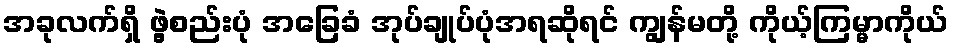
အခုလက်ရှိ ဖွဲ့စည်းပုံ အခြေခံ အုပ်ချုပ်ပုံအရဆိုရင် ကျွန်မတို့ ကိုယ့်ကြမ္မာကိုယ်